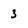
Character: 3